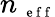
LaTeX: n_{\mathrm{~\scriptsize~e~f~f~}}